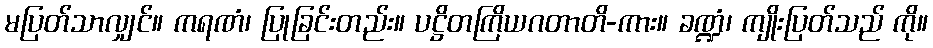
မပြတ်သာလျှင်။ ကရဏံ၊ ပြုခြင်းတည်း။ ပဋ္ဌိတကြိယဂတာတိ-ကား။ ခဏ္ဍံ၊ ကျိုးပြတ်သည် ကို။